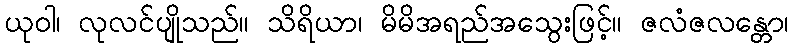
ယုဝါ၊ လုလင်ပျိုသည်။ သိရိယာ၊ မိမိအရည်အသွေးဖြင့်။ ဇလံဇလန္တော၊